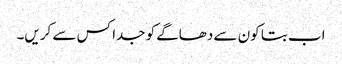
اب بتا کون سے دھاگے کو جدا کس سے کریں۔